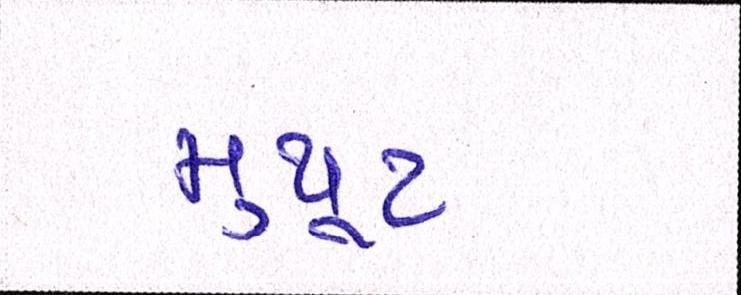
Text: મુથૂટ